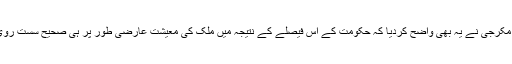
صدر جمہوریہ پرنب مکرجی نے یہ بھی واضح کردیا کہ حکومت کے اس فیصلے کے نتیجہ میں ملک کی معیشت عارضی طور پر ہی صحیح سست روی کا شکار ہوجائیگی ۔